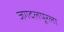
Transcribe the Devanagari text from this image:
जगदलपूरला